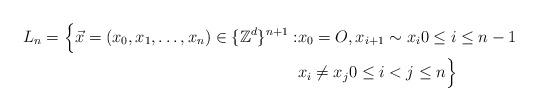
LaTeX: \begin{align*}L_n=\Big\{\vec{x}=(x_0,x_1,\ldots,x_n)\in \{\mathbb{Z}^d\}^{n+1}: &x_0=O, x_{i+1}\sim x_i0\leq i\leq n-1 \\&x_i\neq x_j 0\leq i<j\leq n\Big\}\end{align*}